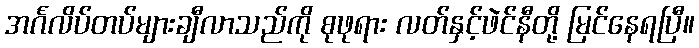
အင်္ဂလိပ်တပ်များချီလာသည်ကို စုဖုရား လတ်နှင့်ဖဲင်နီတို့ မြင်နေရပြီ။